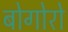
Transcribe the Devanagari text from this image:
बोगोरो